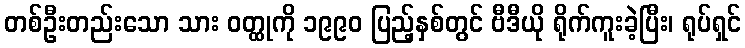
တစ်ဦးတည်းသော သား ဝတ္ထုကို ၁၉၉၀ ပြည့်နှစ်တွင် ဗီဒီယို ရိုက်ကူးခဲ့ပြီး၊ ရုပ်ရှင်